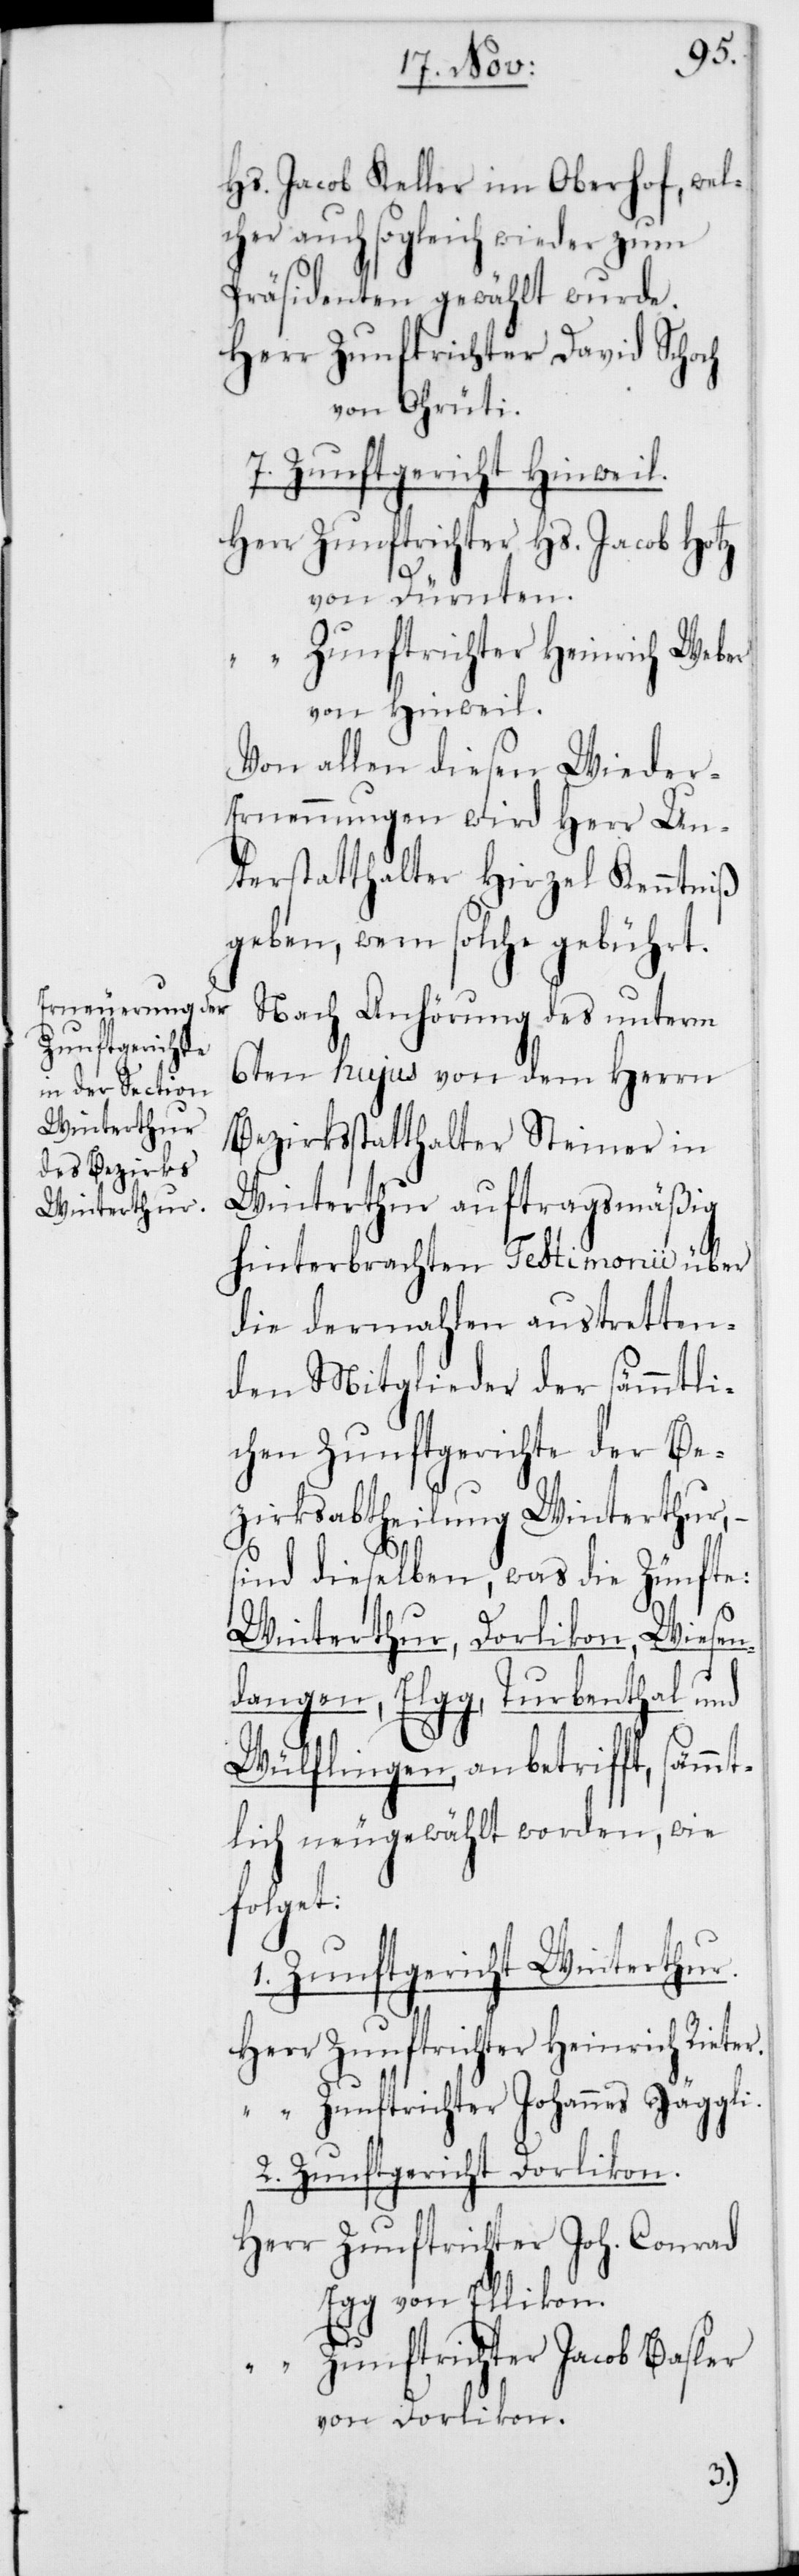
Hs. Jacob Keller im Oberhof, wel¬
cher auch sogleich wieder zum
Präsidenten gewählt wurde.
Zunftrichter David Schoch
von Orüti.
7. Zunftgericht Hinweil.
Zunftrichter Hs. Jacob Hotz
von Dürnten.
Zunftrichter Heinrich Rieter.
von Hinweil.
Von allen diesen Wieder-E¬
rnennungen wird Herr Un¬
terstatthalter Hirzel Kenntniß
geben, wem solche gebührt.
Nach Anhörung des unterm
6ten hujus von dem Herrn
Bezirksstatthalter Steiner in
Winterthur auftragsmäßig
hinterbrachten Testimonii über
die dermahlen austretten¬
den Mitglieder der sämmtli¬
chen Zunftgerichte der Be¬
zirksabtheilung Winterthur,
sind dieselben, was die Zünfte:
Winterthur, Dorlikon, Wiesen¬
dangen, Elgg, Turbenthal und
Wülflingen, anbetrifft, sämm¬
tlich neugewählt worden, wie
folget:
1. Zunftgericht Winterthur.
Zunftrichter Johannes Jäggli.
2. Zunftgericht Dorlikon.
Zunftrichter Joh. Conrad
Egg von Ellikon.
Zunftrichter Jacob Basler
von Dorlikon.